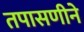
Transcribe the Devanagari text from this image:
तपासणीने